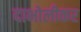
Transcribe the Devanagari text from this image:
दाभोलीकर